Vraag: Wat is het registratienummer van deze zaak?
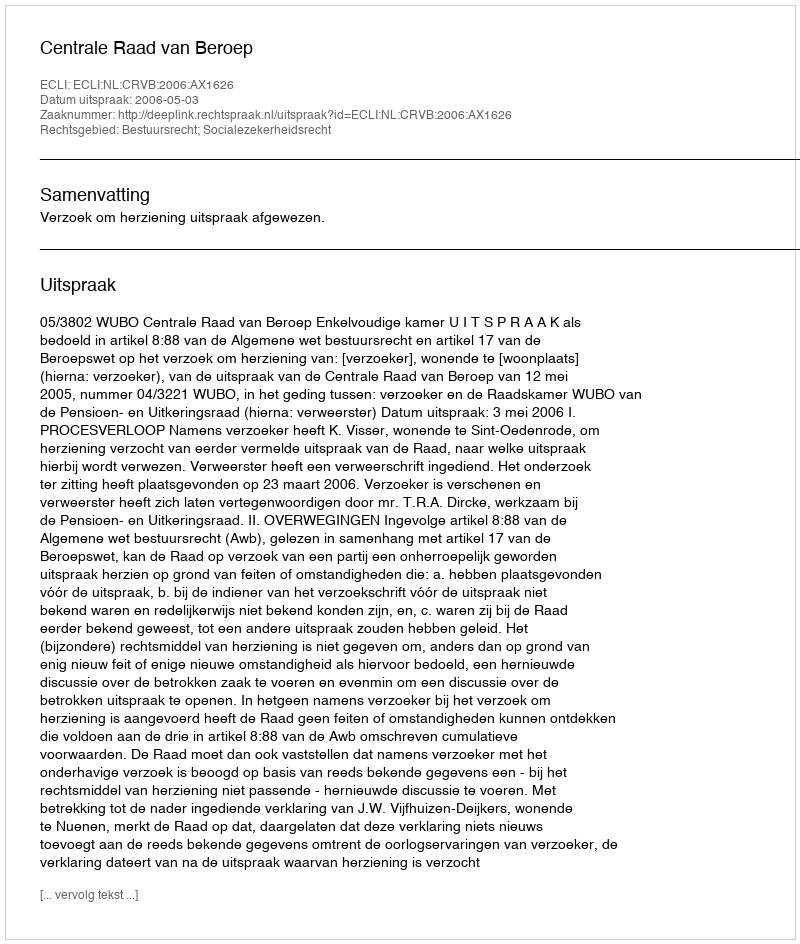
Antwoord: http://deeplink.rechtspraak.nl/uitspraak?id=ECLI:NL:CRVB:2006:AX1626